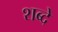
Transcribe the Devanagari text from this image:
शब्दे